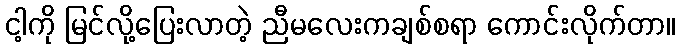
ငါ့ကို မြင်လို့ပြေးလာတဲ့ ညီမလေးကချစ်စရာ ကောင်းလိုက်တာ။